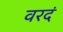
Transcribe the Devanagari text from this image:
वरदं